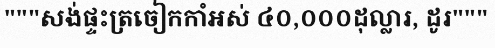
"""សង់ផ្ទះត្រចៀកកាំអស់ ៤០,០០០ដុល្លារ, ដូរ"""